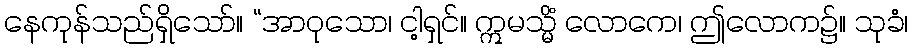
နေကုန်သည်ရှိသော်။ “အာဝုသော၊ ငါ့ရှင်။ ဣမသ္မိံ လောကေ၊ ဤလောက၌။ သုခံ၊